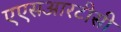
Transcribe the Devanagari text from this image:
एएसआरटीसी